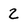
Character: 2